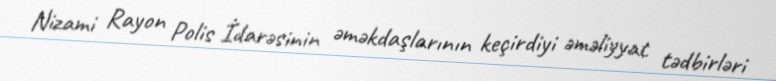
Nizami Rayon Polis İdarəsinin əməkdaşlarının keçirdiyi əməliyyat tədbirləri